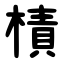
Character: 樍